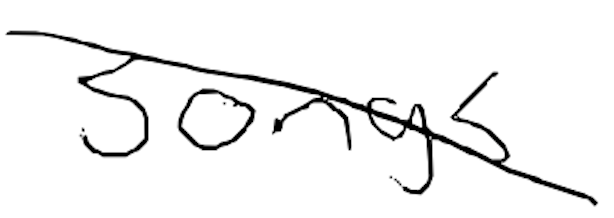
Text: songs.
Cross-out: diagonal
Writing tool: digital_black